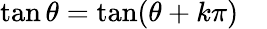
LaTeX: \tan\theta=\tan(\theta+k\pi)\quad